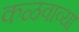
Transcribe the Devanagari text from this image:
कळवाव्या